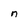
Character: n